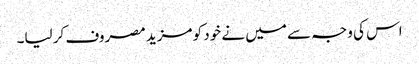
اس کی وجہ سے میں نے خود کو مزید مصروف کر لیا۔